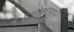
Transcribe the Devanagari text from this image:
पलक्काडहून